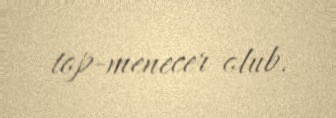
top-menecer olub.